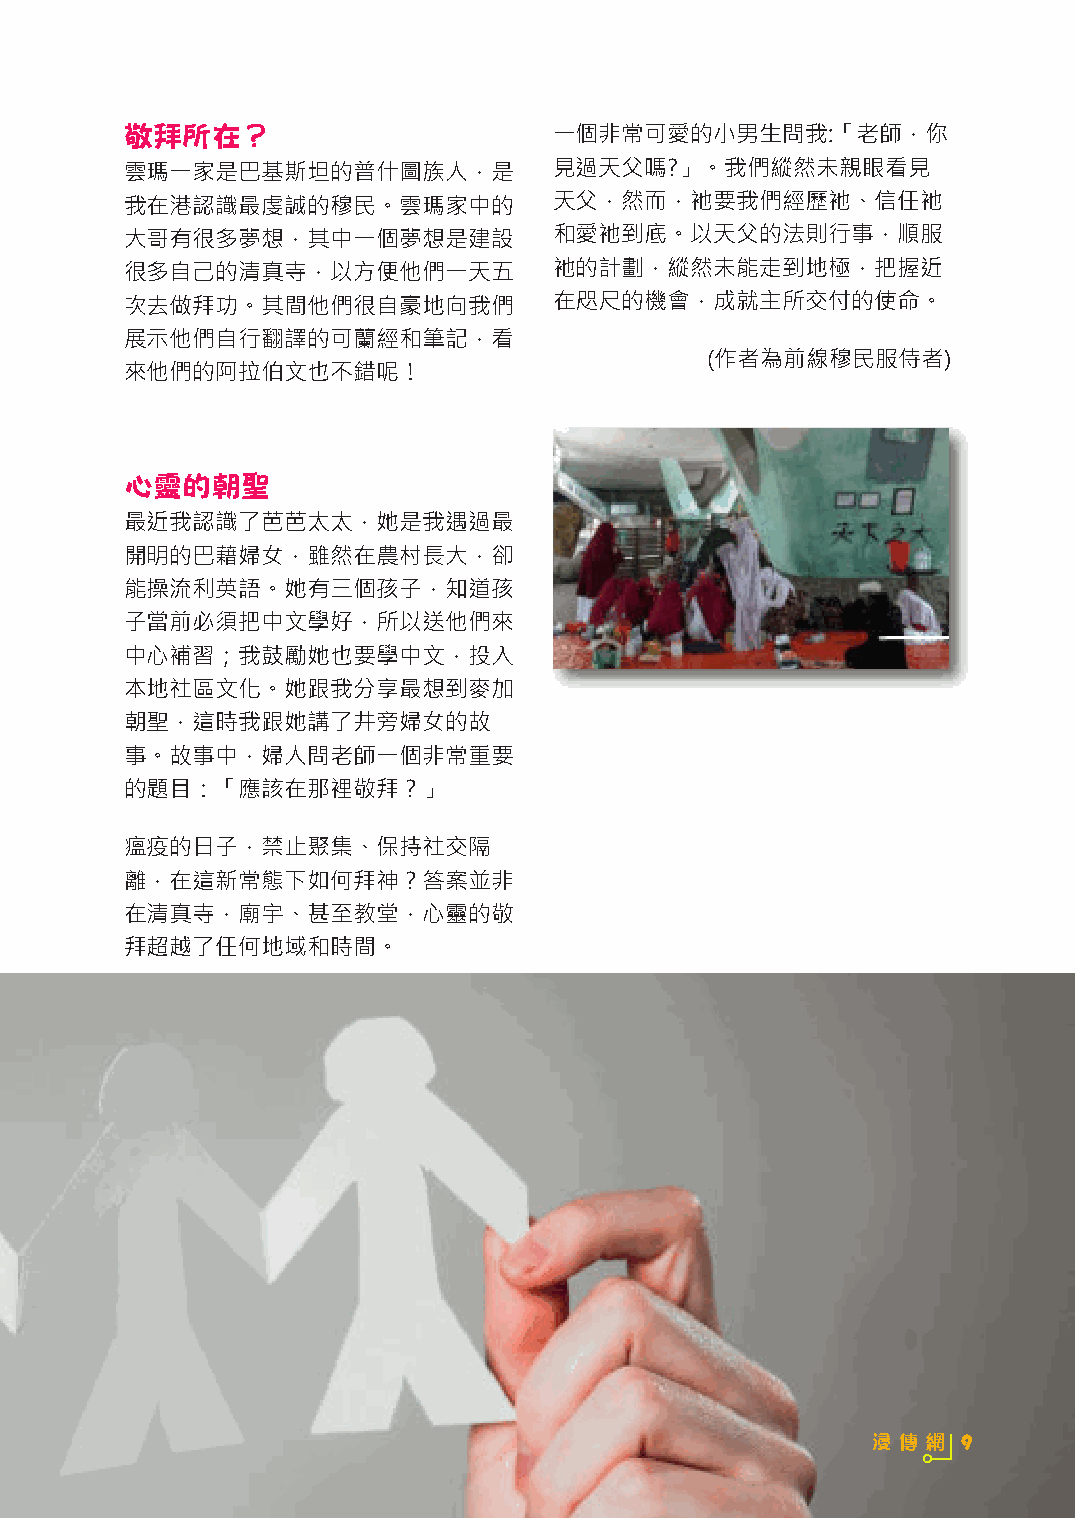
敬拜所在？                        一個非常可愛的小男生問我:「老師，你
 雲瑪一家是巴基斯坦的普什圖族人，是            見過天父嗎?」。我們縱然未親眼看見
 我在港認識最虔誠的穆民。雲瑪家中的            天父，然而，衪要我們經歷衪、信任衪
 大哥有很多夢想，其中一個夢想是建設            和愛衪到底。以天父的法則行事，順服
 很多自己的清真寺，以方便他們一天五            衪的計劃，縱然未能走到地極，把握近
 次去做拜功。其間他們很自豪地向我們            在咫尺的機會，成就主所交付的使命。
 展示他們自行翻譯的可蘭經和筆記，看
 (作者為前線穆民服侍者)
 來他們的阿拉伯文也不錯呢！
 心靈的朝聖
 最近我認識了芭芭太太，她是我遇過最
 開明的巴藉婦女，雖然在農村長大，卻
 能操流利英語。她有三個孩子，知道孩
 子當前必須把中文學好，所以送他們來
 中心補習；我鼓勵她也要學中文，投入
 本地社區文化。她跟我分享最想到麥加
 朝聖，這時我跟她講了井旁婦女的故
 事。故事中，婦人問老師一個非常重要
 的題目：「應該在那裡敬拜？」
 瘟疫的日子，禁止聚集、保持社交隔
 離，在這新常態下如何拜神？答案並非
 在清真寺，廟宇、甚至教堂，心靈的敬
 拜超越了任何地域和時間。
 浸 傳 網 9